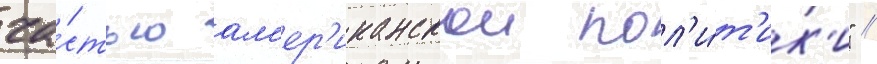
ча́стью ам'ер'иканскои пол'и́т'ик'и" /